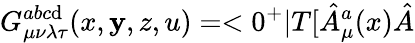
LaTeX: G_{\mu\nu\lambda\tau}^{abc\mathrm{d}}(x,\mathbf{y},z,u)=<0^{+}|T[\hat{{A}}_{\mu}^{a}(x)\hat{{A}}